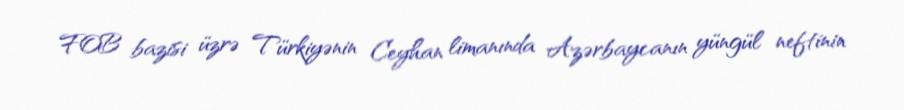
FOB bazisi üzrə Türkiyənin Ceyhan limanında Azərbaycanın yüngül neftinin